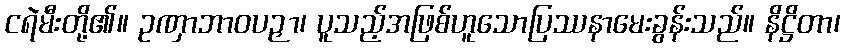
ငရဲမီးတို့၏။ ဥဏှာဘာဝပဉှာ၊ ပူသည့်အဖြစ်ဟူသောပြဿနာမေးခွန်းသည်။ နိဋ္ဌိတာ၊